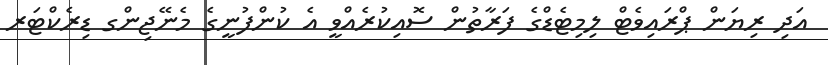
އަދި ރިޔަން ޕްރައިވެޓް ލިމިޓެޑްގެ ފަރާތުން ސޮއިކުރެއްވީ އެ ކުންފުނީގެ މެނޭޖިންގ ޑިރެކްޓަރ